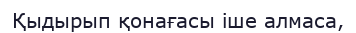
Қыдырып қонағасы іше алмаса,